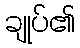
ချုပ်၏